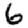
Digit: 6